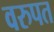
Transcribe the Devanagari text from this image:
वरुपत